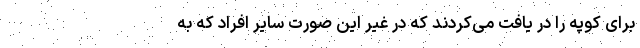
برای کوپه را در یافت می‌کردند که در غیر این صورت سایر افراد که به